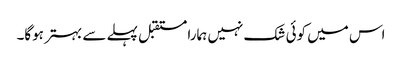
اس میں کوئی شک نہیں ہمارا مستقبل پہلے سے بہتر ہوگا۔